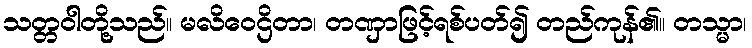
သတ္တဝါတို့သည်။ မလိဝေဌိတာ၊ တဏှာဖြင့်ရစ်ပတ်၍ တည်ကုန်၏။ တသ္မာ၊